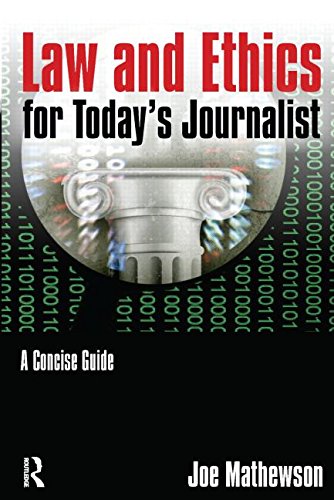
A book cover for Law and Ethics for Today's Journalist: A Concise Guide; Mathewson Joe; Law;